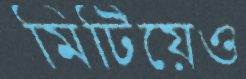
মিটিয়েও